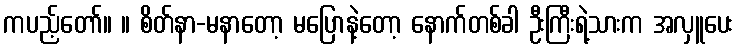
ကပည့်တော်။ ။ စိတ်နာ-မနာတော့ မပြောနဲ့တော့ နောက်တစ်ခါ ဦးကြီးရဲ့သားက အလှူပေး